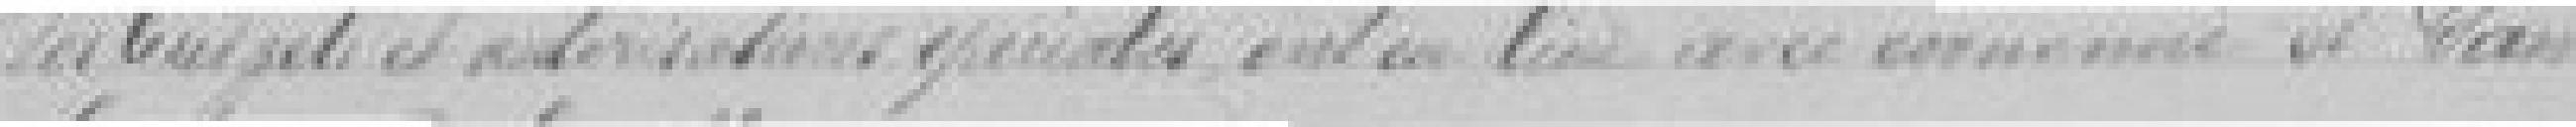
des budgets et autorisations spéciales entre lui avec ??? et dans